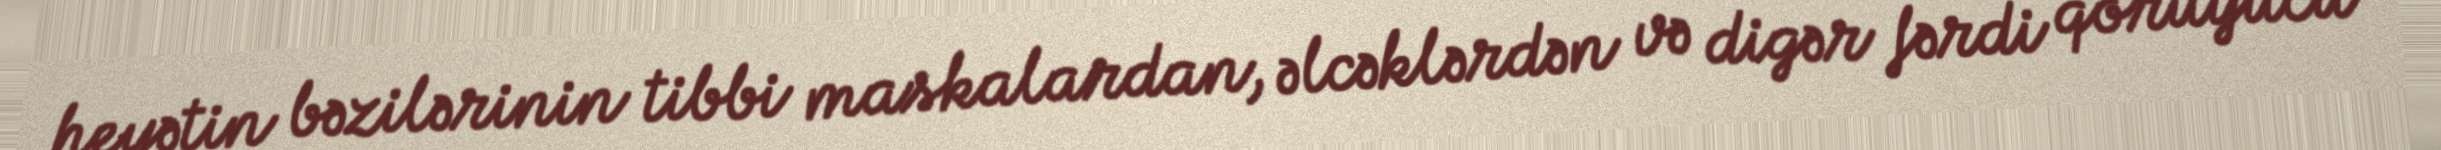
heyətin bəzilərinin tibbi maskalardan, əlcəklərdən və digər fərdi qoruyucu